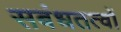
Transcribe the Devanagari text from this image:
सबंधतत्वों